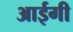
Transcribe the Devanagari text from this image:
आईगी